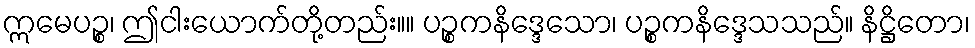
ဣမေပဉ္စ၊ ဤငါးယောက်တို့တည်း။။ ပဉ္စကနိဒ္ဒေသော၊ ပဉ္စကနိဒ္ဒေသသည်။ နိဋ္ဌိတော၊